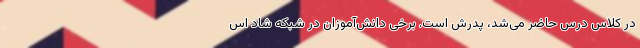
در کلاس درس حاضر می‌شد، پدرش است. برخی دانش‌آموزان در شبکه شاد اس